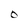
Character: O